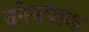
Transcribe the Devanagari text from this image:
क्रोमपाक